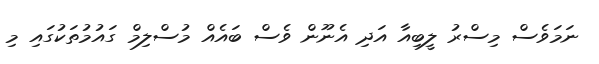
ނަމަވެސް މިސްރު ލީބިއާ އަދި އެނޫން ވެސް ބައެއް މުސްލިމް ގައުމުތަކުގައި މި